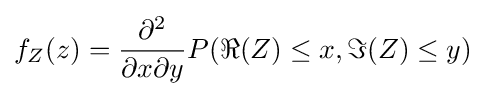
f_{Z}(z)={\frac {\partial ^{2}}{\partial x\partial y}}P(\Re {(Z)}\leq x,\Im {(Z)}\leq y)